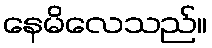
နေမိလေသည်။